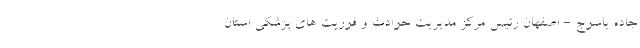
جاده یاسوج - اصفهان رئیس مرکز مدیریت حوادث و فوریت های پزشکی استان